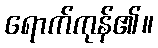
ရောက်ကုန်၏။